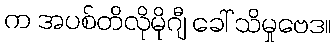
က အပစ်တိလိုမိုဂျီ ခေါ် သိမှုဗေဒ။